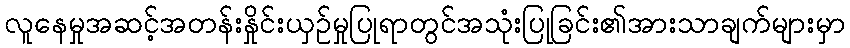
လူနေမှုအဆင့်အတန်းနှိုင်းယှဉ်မှုပြုရာတွင်အသုံးပြုခြင်း၏အားသာချက်များမှာ